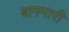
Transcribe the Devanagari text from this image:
बागमारी